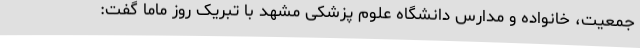
جمعیت، خانواده و مدارس دانشگاه علوم پزشکی مشهد با تبریک روز ماما گفت: